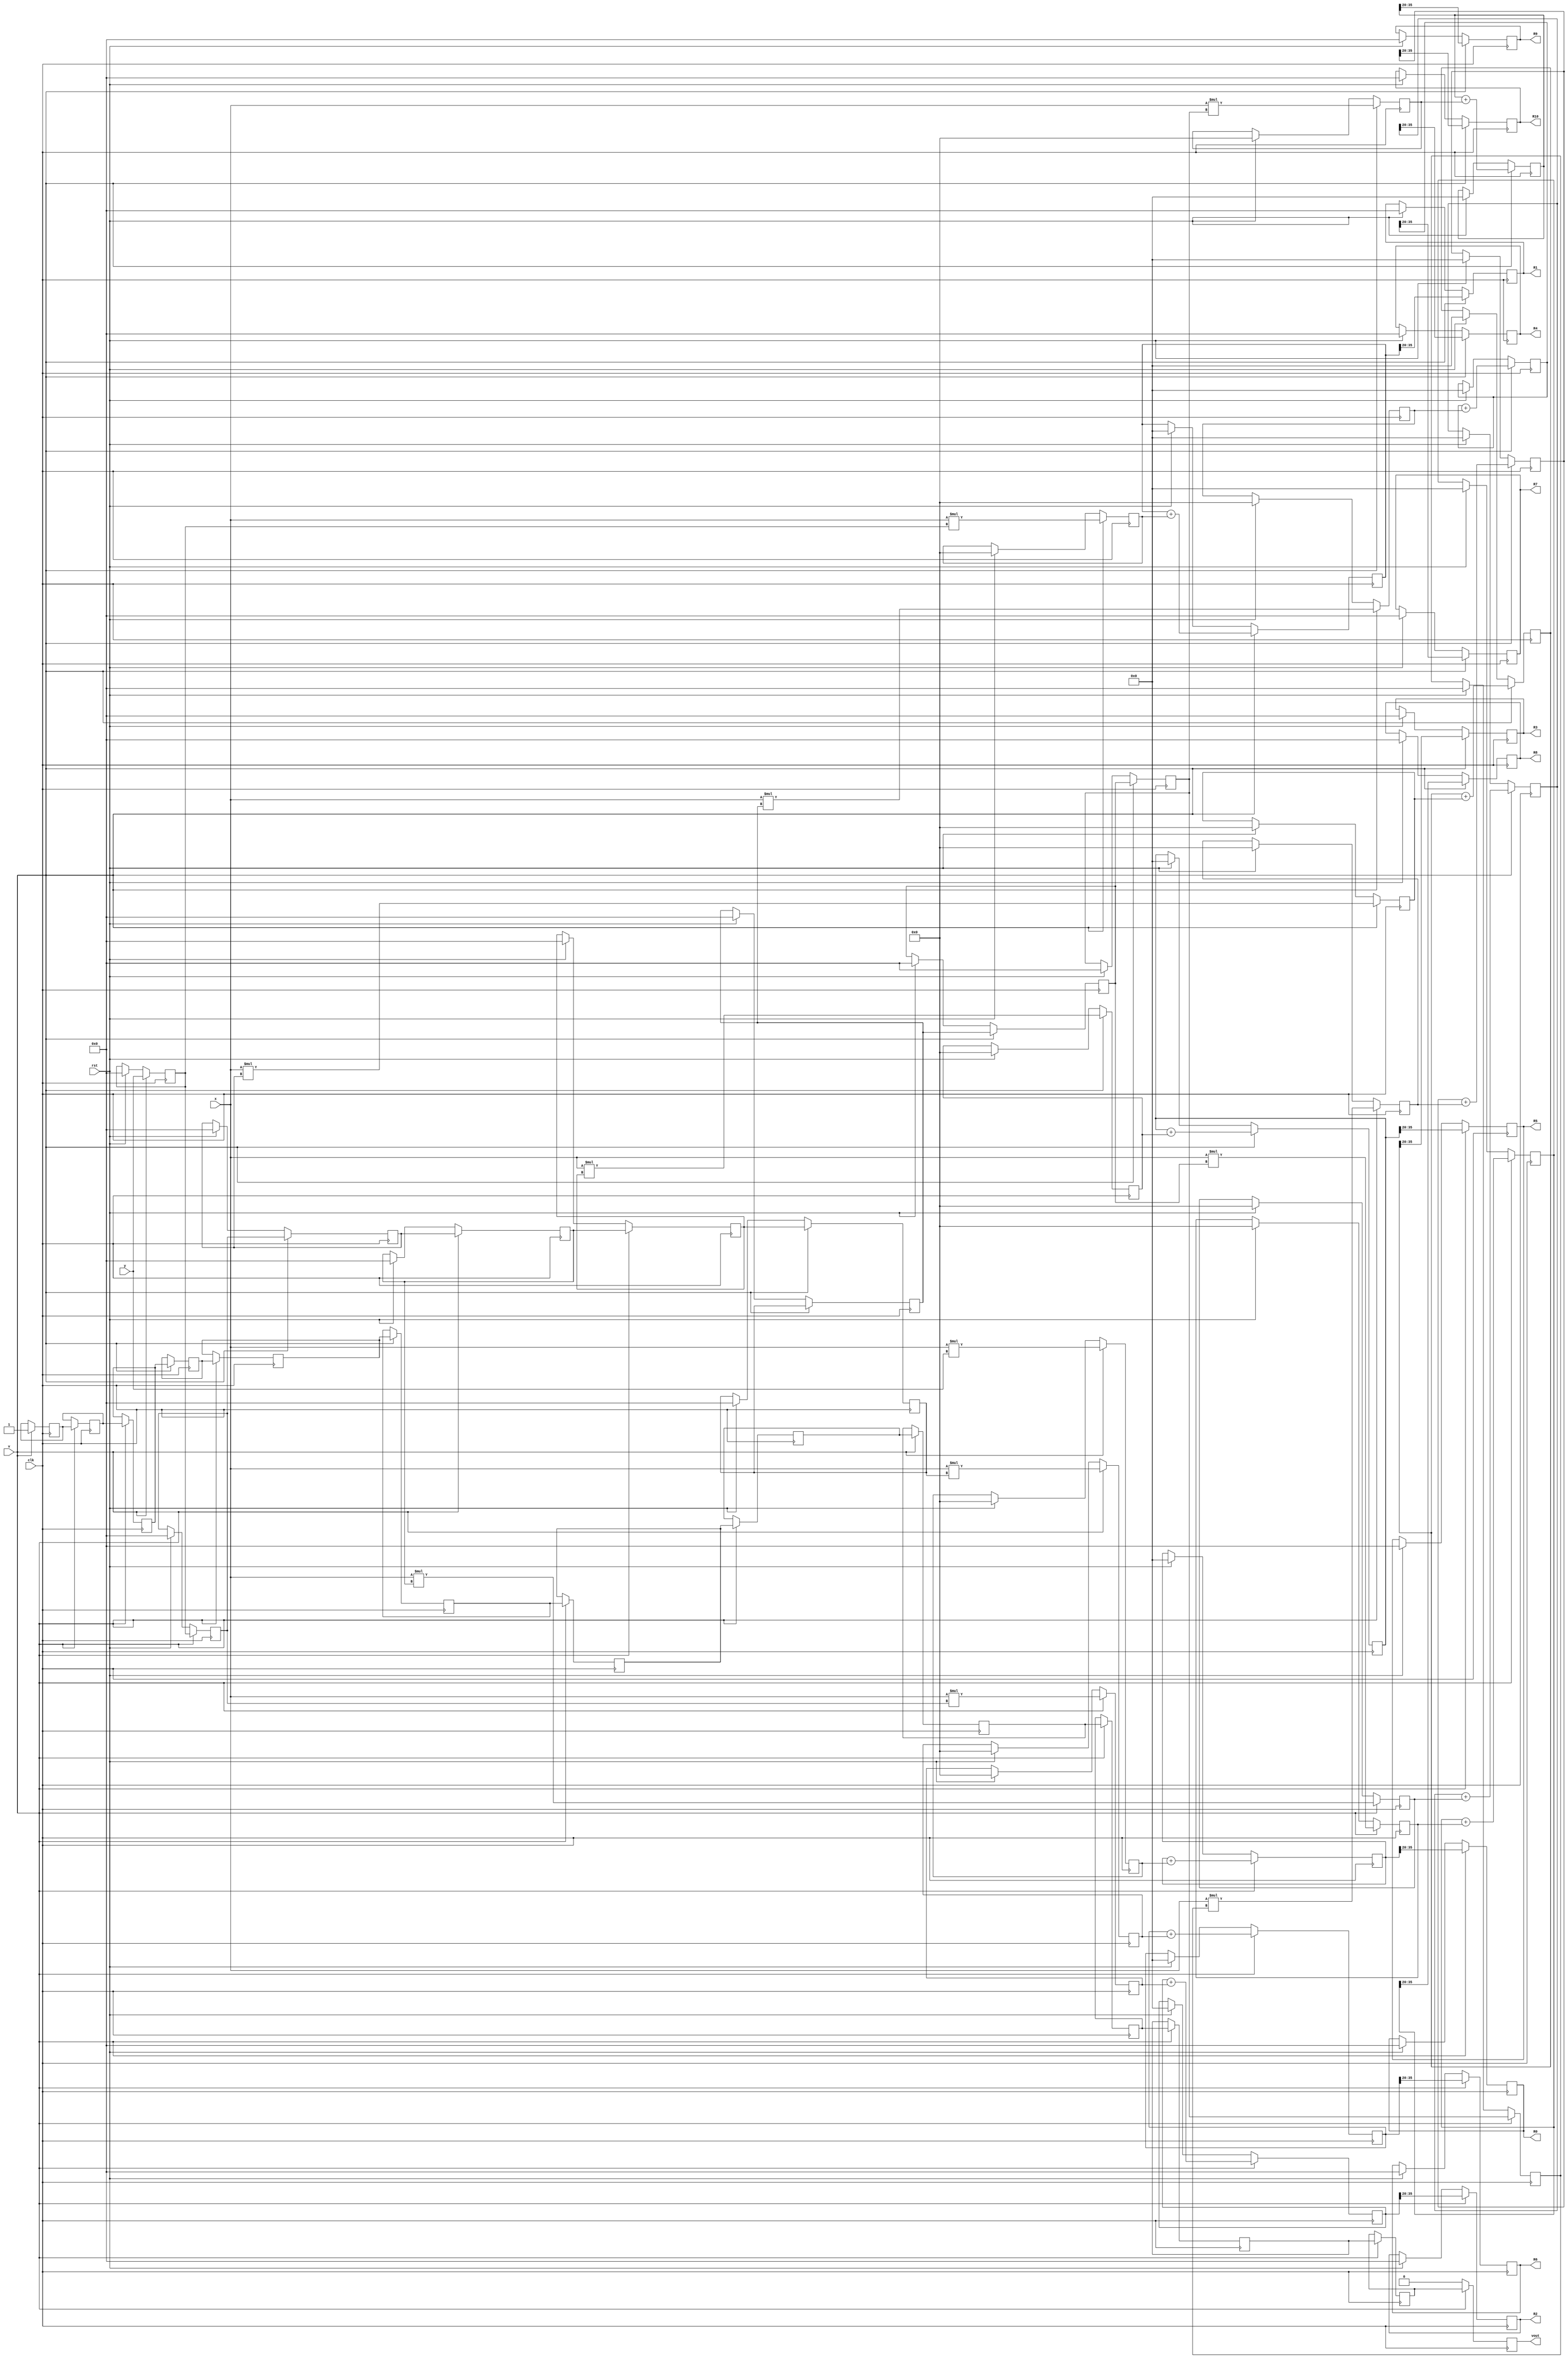
`timescale 1ns/1ns

`define output_shift 20

module correlation(input wire signed [15:0] x,
				   input wire signed [15:0] y,
				   input wire 		        v,
				   input wire 			  clk,
				   input wire 			  rst,
				   output reg signed [15:0] R0,
				   output reg signed [15:0] R1,
				   output reg signed [15:0] R2,
				   output reg signed [15:0] R3,
				   output reg signed [15:0] R4,
				   output reg signed [15:0] R5,
				   output reg signed [15:0] R6,
				   output reg signed [15:0] R7,
				   output reg signed [15:0] R8,
				   output reg signed [15:0] R9,
				   output reg signed [15:0] R10,
				   output reg 		       vout);
				   
		reg signed [15:0] d1, d2, d3, d4, d5, d6, d7, d8, d9, d10;
		reg signed [31:0] m0, m1, m2, m3, m4, m5, m6, m7, m8, m9, m10;
		reg               v0, v1, v2, v3, v4, v5, v6, v7, v8, v9, v10, v11, v12;
		reg signed  [47:0] add0, add1, add2, add3, add4, add5, add6, add7, add8, add9, add10;
		
		always @(posedge clk)
		begin
			if (rst)
			begin
				d1 <= 16'b0;
				d2 <= 16'b0;
				d3 <= 16'b0;
				d4 <= 16'b0;
				d5 <= 16'b0;
				d6 <= 16'b0;
				d7 <= 16'b0;
				d8 <= 16'b0;
				d9 <= 16'b0;
				d10 <= 16'b0;
				
				m0 <= 32'b0;
				m1 <= 32'b0;
				m2 <= 32'b0;
				m3 <= 32'b0;
				m4 <= 32'b0;
				m5 <= 32'b0;
				m6 <= 32'b0;
				m7 <= 32'b0;
				m8 <= 32'b0;
				m9 <= 32'b0;
				m10 <= 32'b0;
				
				add0 <= 48'b0;
				add1 <= 48'b0;
				add2 <= 48'b0;
				add3 <= 48'b0;
				add4 <= 48'b0;
				add5 <= 48'b0;
				add6 <= 48'b0;
				add7 <= 48'b0;
				add8 <= 48'b0;
				add9 <= 48'b0;
				add10 <= 48'b0;
				
				R0 <= 16'b0;
				R1 <= 16'b0;
				R2 <= 16'b0;
				R3 <= 16'b0;
				R4 <= 16'b0;
				R5 <= 16'b0;
				R6 <= 16'b0;
				R7 <= 16'b0;
				R8 <= 16'b0;
				R9 <= 16'b0;
				R10 <= 16'b0;
			end
			if (v)
			begin
				d1 <= y;
				d2 <= d1;
				d3 <= d2;
				d4 <= d3;
				d5 <= d4;
				d6 <= d5;
				d7 <= d6;
				d8 <= d7;
				d9 <= d8;
				d10 <= d9;
				
				m0 <= x * y;
				m1 <= x * d1;
				m2 <= x * d2;
				m3 <= x * d3;
				m4 <= x * d4;
				m5 <= x * d5;
				m6 <= x * d6;
				m7 <= x * d7;
				m8 <= x * d8;
				m9 <= x * d9;
				m10 <= x * d10;
				
				add0 <= add0 + m0;
				add1 <= add1 + m1;
				add2 <= add2 + m2;
				add3 <= add3 + m3;
				add4 <= add4 + m4;
				add5 <= add5 + m5;
				add6 <= add6 + m6;
				add7 <= add7 + m7;
				add8 <= add8 + m8;
				add9 <= add9 + m9;
				add10 <= add10 + m10;
				
				R0 <= add0 >>> `output_shift;
				R1 <= add1 >>> `output_shift;
				R2 <= add2 >>> `output_shift;
				R3 <= add3 >>> `output_shift;
				R4 <= add4 >>> `output_shift;
				R5 <= add5 >>> `output_shift;
				R6 <= add6 >>> `output_shift;
				R7 <= add7 >>> `output_shift;
				R8 <= add8 >>> `output_shift;
				R9 <= add9 >>> `output_shift;
				R10 <= add10 >>> `output_shift;
				
				v0 <= v;
				v1 <= v0;
				v2 <= v1;
				v3 <= v2;
				v4 <= v3;
				v5 <= v4;
				v6 <= v5;
				v7 <= v6;
				v8 <= v7;
				v9 <= v8;
				v10 <= v9;
				v11 <= v10;
				vout <= v11;
			end else
			begin
				vout <= 16'b0;
			end
		end
endmodule